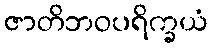
ဇာတိဘဝပရိက္ခယံ